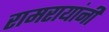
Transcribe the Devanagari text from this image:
रामरायांनी